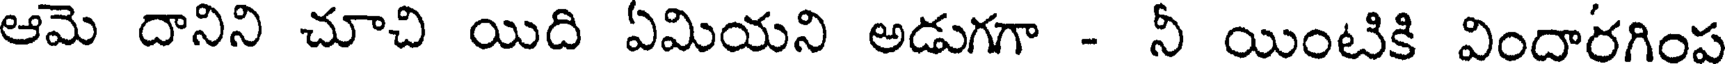
ఆమె దానిని చూచి యిది ఏమియని అడుగగా - నీ యింటికి విందారగింప